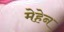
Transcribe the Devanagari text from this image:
मेहेन